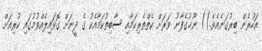
އަހުރެން ބިރުގަނެއެވެ.)) ނޫޙުގެފާނު ވަރަށް ކެތްތެރިކަމާއި ސާބިތުކަމާއެކު ގެ ދީނަށް ގޮވައިލެއްވުމުގައި ކުރިއަށް